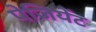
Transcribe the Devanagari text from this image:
पेजियेंट